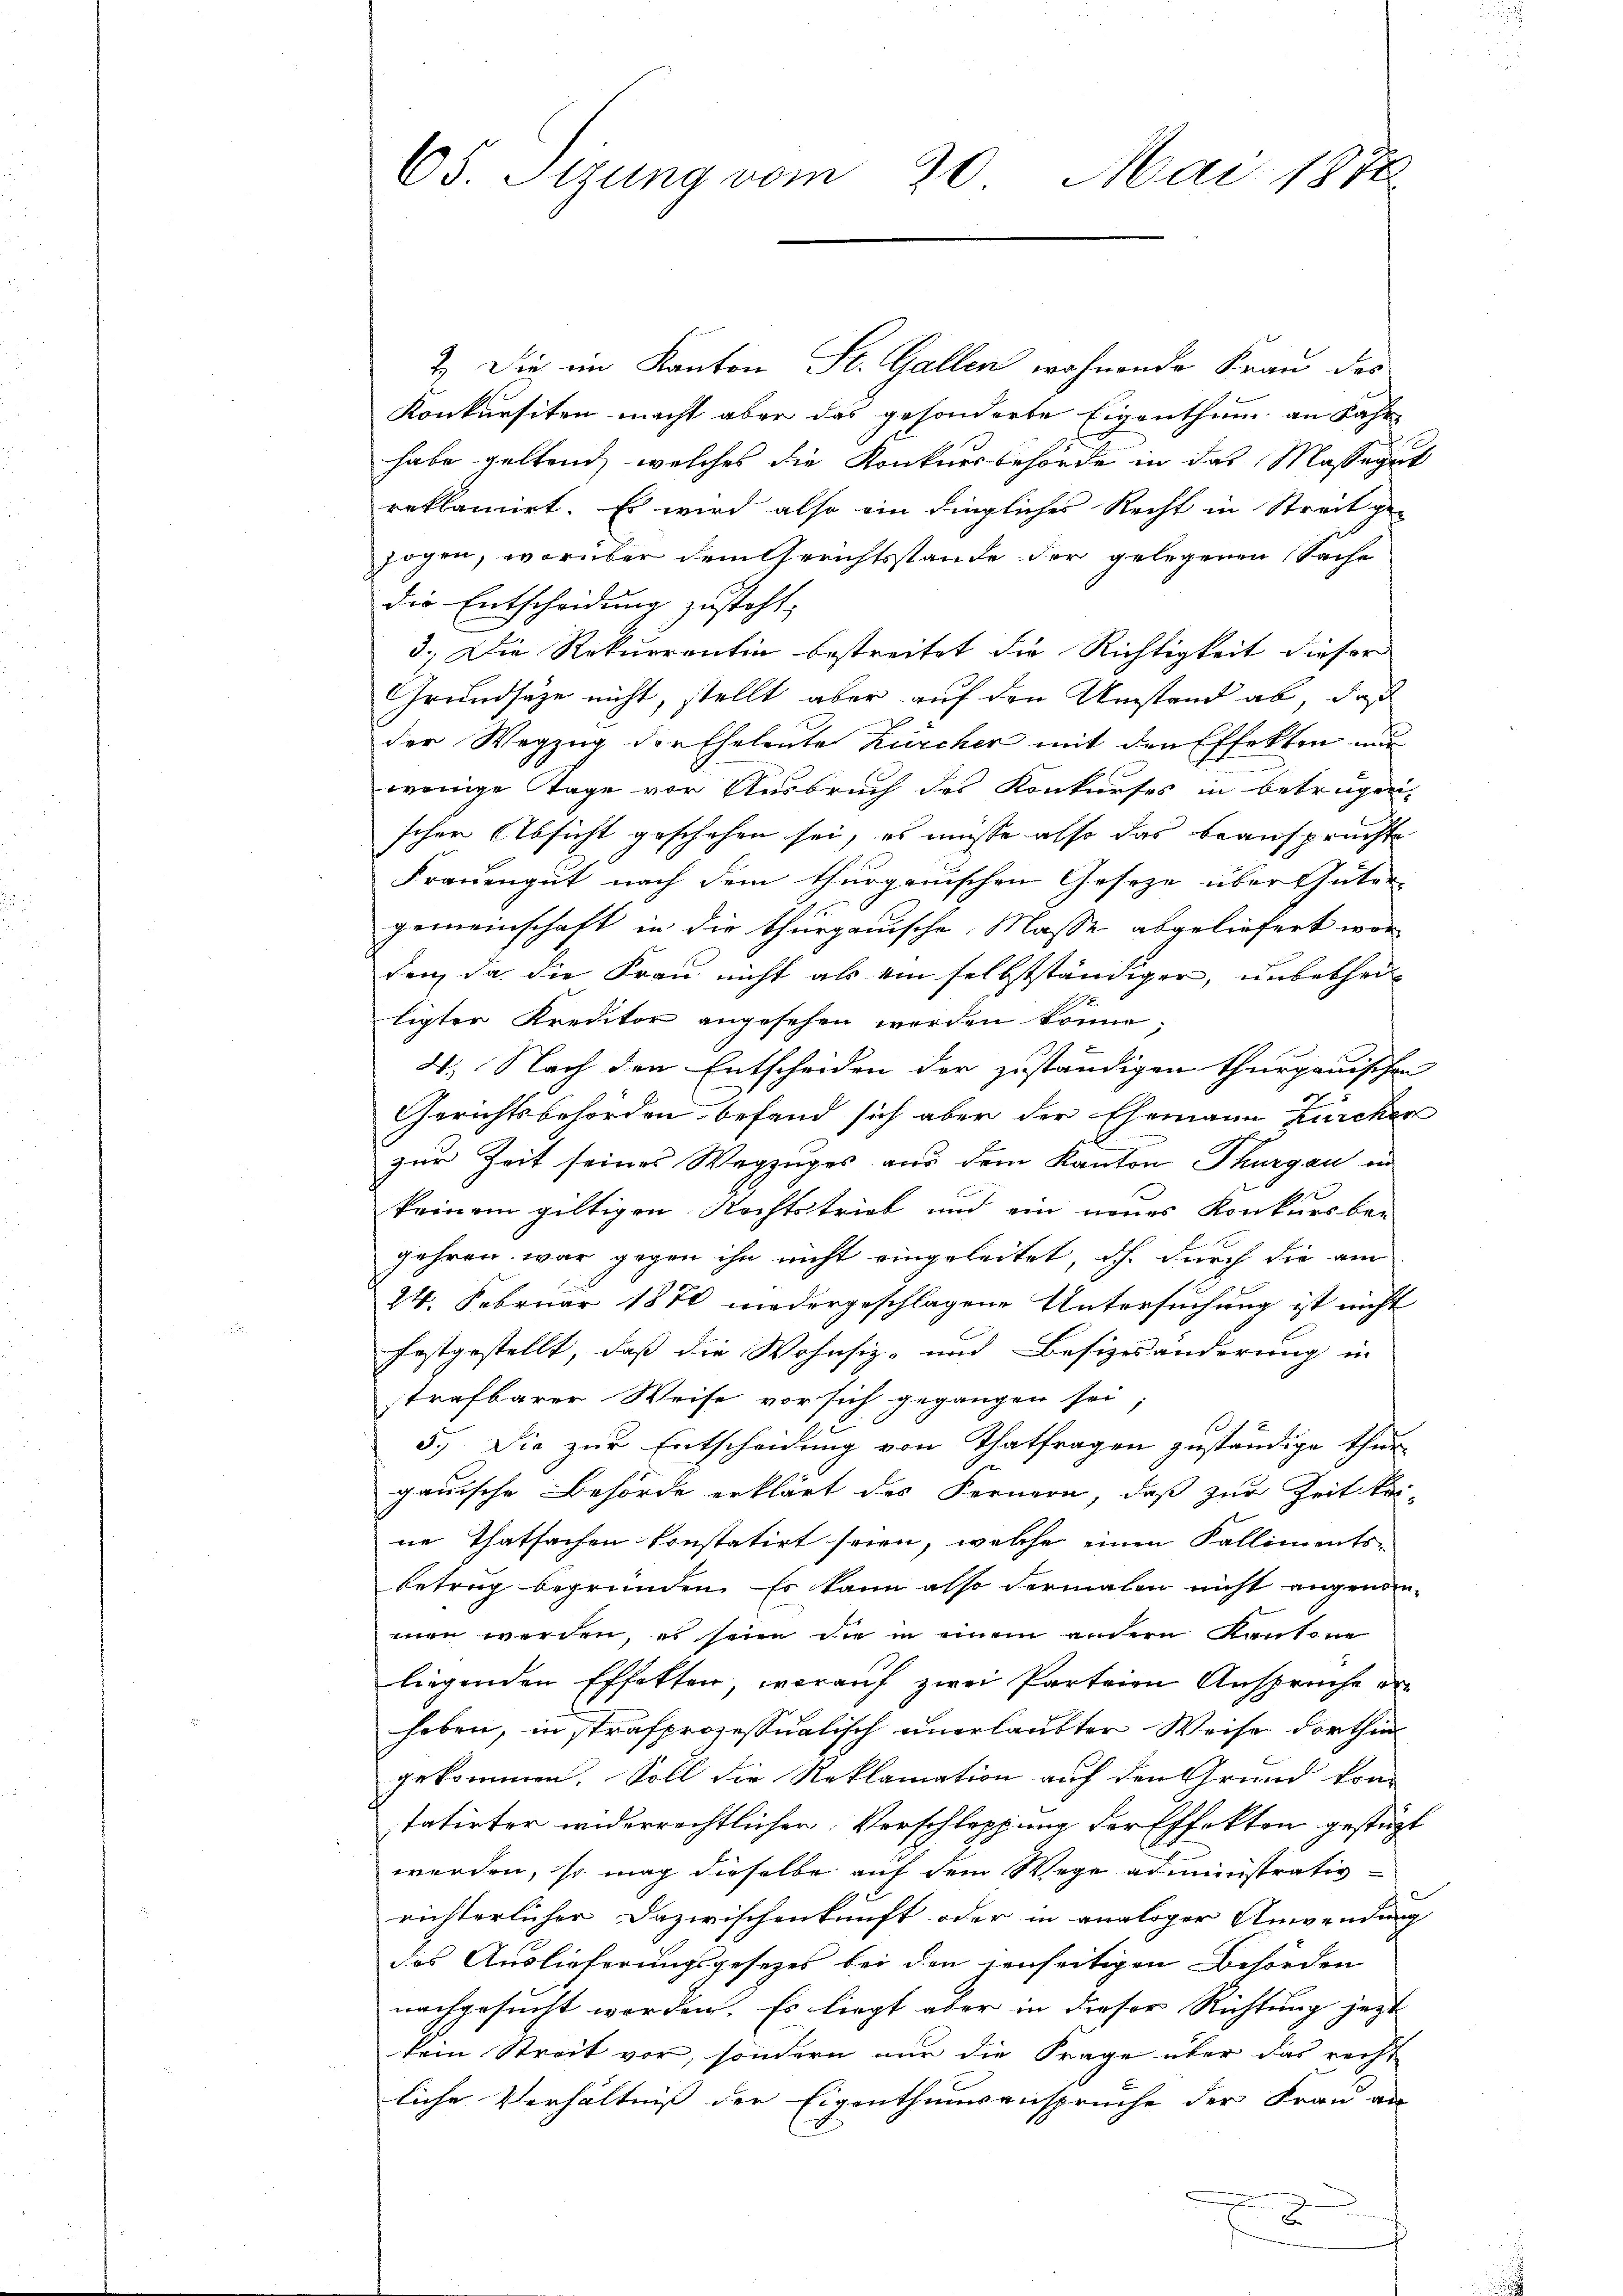
65. Sizung vom 20. Mai 1870

2. Die im Kanton St. Gallen wohnende Frau des
Konkursiten macht aber das gesonderte Eigenthum an Fahrhabe geltend, welches die Konkursbehörde in das Massegut
reklamiert. Es wird also ein dingliches Recht in Streit ge-
zogen, worüber dem Gerichtsstande der gelegenen Sache
die Entscheidung zusteht,
3.) Die Rekurrentin bestreitet die Richtigkeit dieser
Grundsätze nicht, stellt aber auf den Umstand ab, daß
der Wegzug der Eheleute Zürcher mit den Effekten und
wenige Tage vor Ausbruch des Konkurses in betrügen,
schen Absicht geschehen sei, es müsse also das beansprüchte
Frauengut nach dem thurgauischen Gesetze über Güter
.
gemeinschaft in die thurgauische Masse abgeliefert wor
den, da die Frau nicht als ein selbstständiger, unbetheil¬
 xx
ligter Kreditor angesehen worden könne;
4. Nach den Entscheiden der zuständigen Thurgauischen
Gerichtsbehörden befand sich aber der Ehemann Zürchen
zur Zeit seines Wegzuges aus dem Kanton Thurgau ein
keinem gültigen Rechtstrieb und ein neues Konkursber
gehren war gegen ihn nicht eingeleitet, dh. durch die am
24. Februar 1870 niedergeschlagene Untersuchung ist nicht
festgestellt, daß die Wohnsiz- und Besizesänderung in |
strafbarer Weise vor sich gegangen sei,
15
5.) Die zur Entscheidung von Thatfragen geständige thur
gauische Behörde erklärt des Fernern, daß zur Zeit keine Thatsachen konstatirt seien, welche einen Kallimentsbetrag begründen. Es kann also dermalen nicht angenommen werden, es seien die in einem andern Kantone
liegenden Effekten, worauf zwei Parteien Ansprüche erheben, in strafprozessualisch unerlaubter Weise dorthin
gekommen. Soll die Reklamation auf den Grund kom
tatirter widerrechtlicher Vorschleppung der Effekten gestüzt
werden, so mag dieselbe auf dem Wege administrativ-
richterlicher Dazwischenkunft oder in analoger Anwendung
des Auslieferungsgesetzes bei den jenseitigen Behörden
nachgesucht worden. Es liegt aber in dieser Richtung jetzt
kein Streit vor, sondern nur die Frage über das recht
liche Verhältniß der Eigenthumsansprüche der Frau an
2